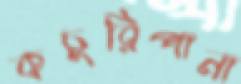
কচুরিপানা